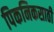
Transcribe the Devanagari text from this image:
पिकनिकसाठी